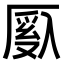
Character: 𫨙